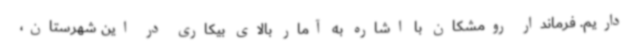
داریم. فرماندار رومشکان با اشاره به آمار بالای بیکاری در این شهرستان،